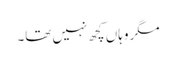
مگر وہاں کچھ نہیں تھا۔